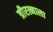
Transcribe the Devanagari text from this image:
त्रीरत्नाला